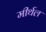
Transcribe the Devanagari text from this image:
मीर्थल